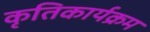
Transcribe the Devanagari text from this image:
कृतिकार्यक्रम